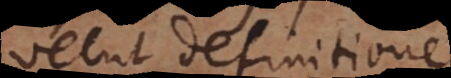
velut definitione